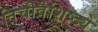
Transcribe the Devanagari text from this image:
तिचीवैशिष्ट्ये